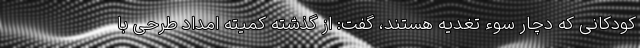
کودکانی که دچار سوء تغدیه هستند، گفت: از گذشته کمیته امداد طرحی با